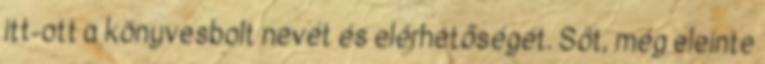
itt-ott a könyvesbolt nevét és elérhetőségét. Sőt, még eleinte